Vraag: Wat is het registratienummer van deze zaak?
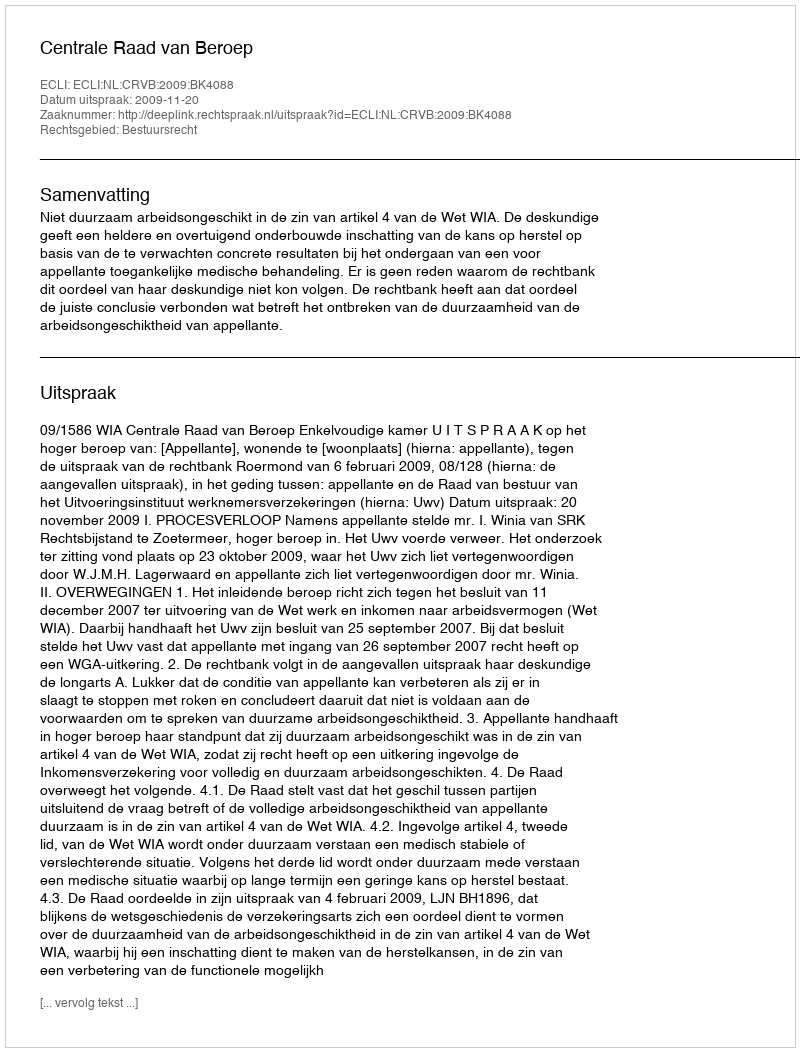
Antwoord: http://deeplink.rechtspraak.nl/uitspraak?id=ECLI:NL:CRVB:2009:BK4088